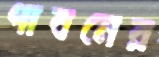
পাবনের